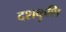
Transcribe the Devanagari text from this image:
दशकुशि